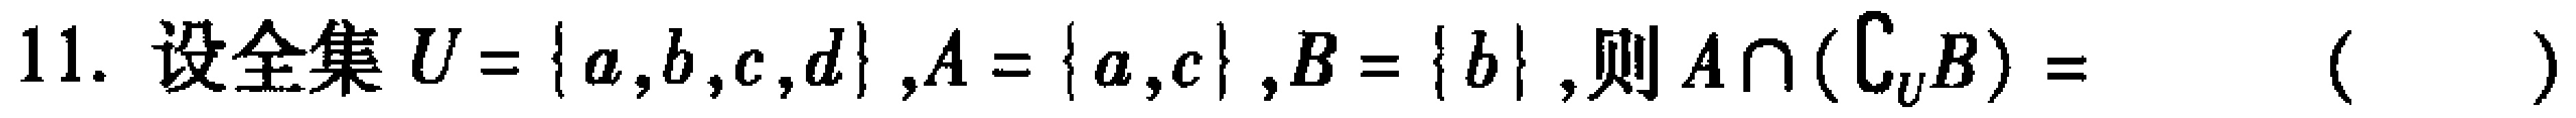
11. 设全集$U = \{ a,b,c,d\} ,A = \{ a,c\} ,B = \{ b\} ,则A\cap (\complement_{U}B)=$  (   )